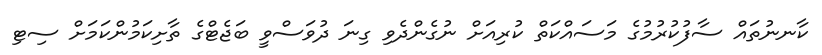
ކާނނުތައް ސާފުކުރުމުގެ މަސައްކަތް ކުރިއަށް ނުގެންދެވި ގިނަ ދުވަސްވީ ބަޖެޓްގެ ތާށިކަމުންކަމަށް ސިޓި